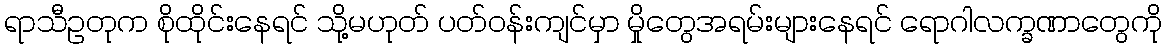
ရာသီဥတုက စိုထိုင်းနေရင် သို့မဟုတ် ပတ်ဝန်းကျင်မှာ မှိုတွေအရမ်းများနေရင် ရောဂါလက္ခဏာတွေကို